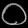
Digit: ၀